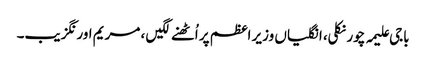
باجی علیمہ چور نکلی، انگلیاں وزیر اعظم پر اُٹھنے لگیں ، مریم اورنگزیب۔